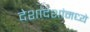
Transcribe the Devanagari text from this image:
देशांदेशांमध्ये